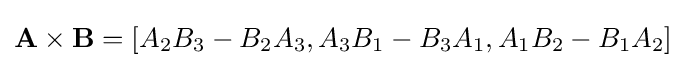
\mathbf {A} \times \mathbf {B} =[A_{2}B_{3}-B_{2}A_{3},A_{3}B_{1}-B_{3}A_{1},A_{1}B_{2}-B_{1}A_{2}]